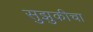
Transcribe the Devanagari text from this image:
सुझुकीचा